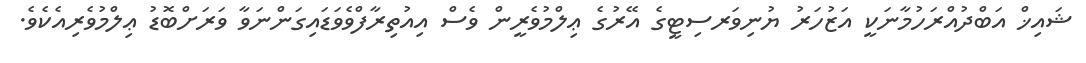
ޝައިޚް އަބްދުއްރަހުމާނަކީ އަޒުހަރު ޔުނިވަރސިޓީގެ އޭރުގެ ޢިލްމުވެރީން ވެސް އިއުތިރާފްވެވަޑައިގަންނަވާ ވަރަށްބޮޑު ޢިލްމުވެރިއެކެވެ.